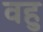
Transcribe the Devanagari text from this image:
वहु